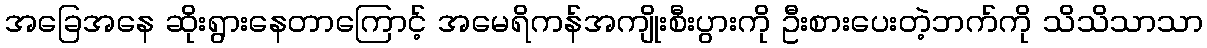
အခြေအနေ ဆိုးရွားနေတာကြောင့် အမေရိကန်အကျိုးစီးပွားကို ဦးစားပေးတဲ့ဘက်ကို သိသိသာသာ